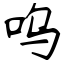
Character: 呜